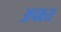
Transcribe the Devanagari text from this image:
अपक्ष्य